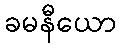
ခမနီယော